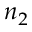
n _ { 2 }